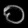
Digit: ၀